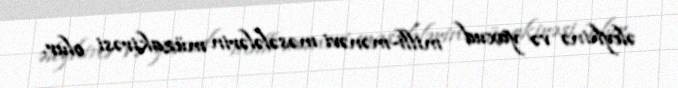
əleyhinə və yaxud milli-mənəvi məsələlərin müzakirəsi olur.